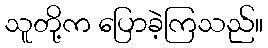
သူတို့က ပြောခဲ့ကြသည်။